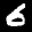
Label: 6